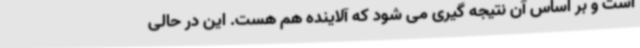
است و بر اساس آن نتیجه گیری می شود که آلاینده هم هست. این در حالی